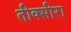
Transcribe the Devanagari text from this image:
तीक्सीरा